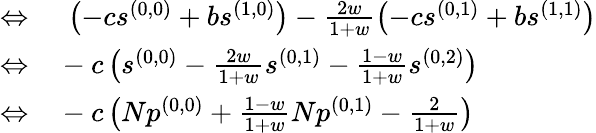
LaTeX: \begin{array}{rl}{\Leftrightarrow}&{{}~\left(-cs^{(0,0)}+bs^{(1,0)}\right)-\frac{2w}{1+w}\left(-cs^{(0,1)}+bs^{(1,1)}\right)}\\ {\Leftrightarrow}&{{}-c\left(s^{(0,0)}-\frac{2w}{1+w}s^{(0,1)}-\frac{1-w}{1+w}s^{(0,2)}\right)}\\ {\Leftrightarrow}&{{}-c\left(Np^{(0,0)}+\frac{1-w}{1+w}Np^{(0,1)}-\frac{2}{1+w}\right)}\end{array}